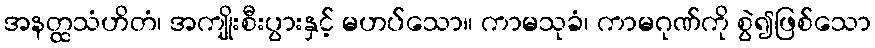
အနတ္ထသံဟိတံ၊ အကျိုးစီးပွားနှင့် မဟပ်သော။ ကာမသုခံ၊ ကာမဂုဏ်ကို စွဲ၍ဖြစ်သော